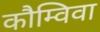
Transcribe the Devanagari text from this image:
कौम्विवा